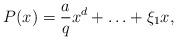
LaTeX: \begin{align*}P(x) = \frac{a}{q} x^d + \ldots + \xi_1 x,\end{align*}